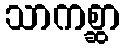
သာကစ္ဆာ